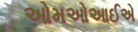
ઓમઓઆઈએ